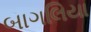
બાગલિયા